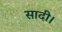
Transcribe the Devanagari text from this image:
सादी।